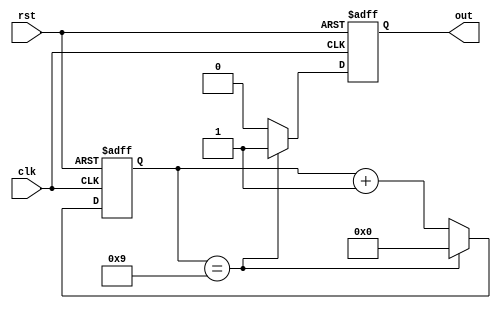
module periodic_timer (
    input wire clk,
    input wire rst,
    output reg out
);

parameter PERIOD = 10; // Specify desired period here

reg [3:0] count;

always @(posedge clk or posedge rst) begin
    if (rst) begin
        count <= 0;
        out <= 0;
    end else begin
        if (count == PERIOD - 1) begin
            count <= 0;
            out <= 1;
        end else begin
            count <= count + 1;
            out <= 0;
        end
    end
end

endmodule